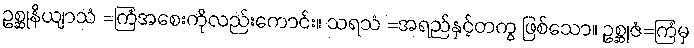
ဥစ္ဆုနိယျာသံ =ကြံအစေးကိုလည်းကောင်း။ သရသံ =အရည်နှင့်တကွ ဖြစ်သော။ ဥစ္ဆုဇံ=ကြံမှ